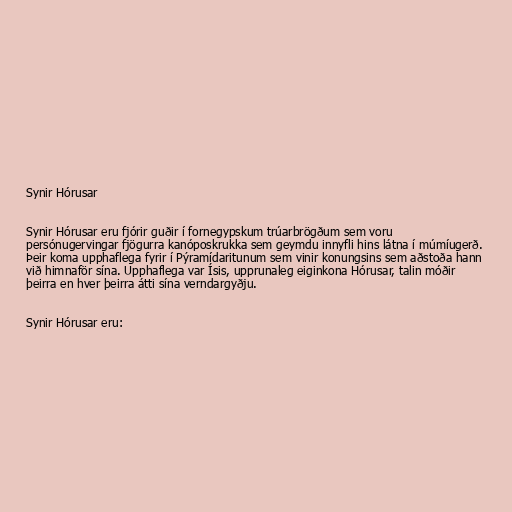
Synir Hórusar

Synir Hórusar eru fjórir guðir í fornegypskum trúarbrögðum sem voru
persónugervingar fjögurra kanóposkrukka sem geymdu innyfli hins látna í múmíugerð.
Þeir koma upphaflega fyrir í Pýramídaritunum sem vinir konungsins sem aðstoða hann
við himnaför sína. Upphaflega var Ísis, upprunaleg eiginkona Hórusar, talin móðir
þeirra en hver þeirra átti sína verndargyðju.

Synir Hórusar eru: